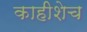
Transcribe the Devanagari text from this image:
काहीशेच